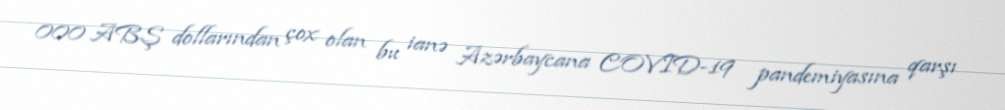
000 ABŞ dollarından çox olan bu ianə Azərbaycana COVID-19 pandemiyasına qarşı